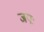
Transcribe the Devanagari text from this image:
जपः